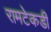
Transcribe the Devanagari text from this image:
रामटेकडी